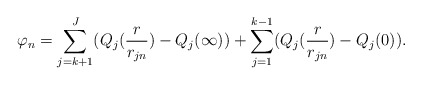
\begin{align*}\varphi_n=\sum_{j=k+1}^J(Q_j(\frac{r}{r_{jn}})-Q_j(\infty))+\sum_{j=1}^{k-1}(Q_j(\frac{r}{r_{jn}})-Q_j(0)).\end{align*}